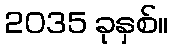
2035 ခုနှစ်။